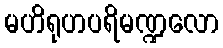
မဟိရုဟပရိမဏ္ဍလော